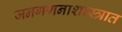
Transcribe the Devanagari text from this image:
जनगणनाशास्त्रात